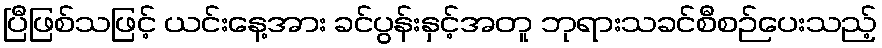
ပြီဖြစ်သဖြင့် ယင်းနေ့အား ခင်ပွန်းနှင့်အတူ ဘုရားသခင်စီစဉ်ပေးသည့်